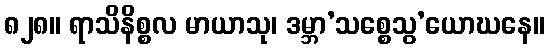
၈၂၈။ ရာသိနိစ္စလ မာယာသု၊ ဒမ္ဘာ’သစ္စေသွ’ယောဃနေ။